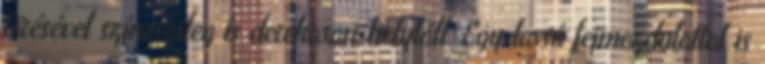
törésével színészileg is derekasan helytáll. Egy lassú fejmozdulattal is